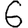
Digit: 6